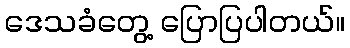
ဒေသခံတွေ့ ပြောပြပါတယ်။